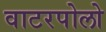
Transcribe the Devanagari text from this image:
वाटरपोलो